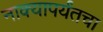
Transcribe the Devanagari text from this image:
नाक्‍यापर्यंतचा